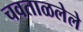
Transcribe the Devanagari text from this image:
चवताळलेले